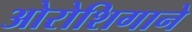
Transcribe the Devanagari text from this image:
ओरोशिगाने